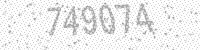
Solution: 749074